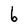
Character: b